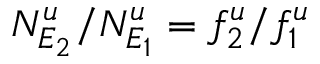
N _ { E _ { 2 } } ^ { u } / N _ { E _ { 1 } } ^ { u } = f _ { 2 } ^ { u } / f _ { 1 } ^ { u }